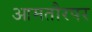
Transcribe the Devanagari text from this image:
आमतौरपर